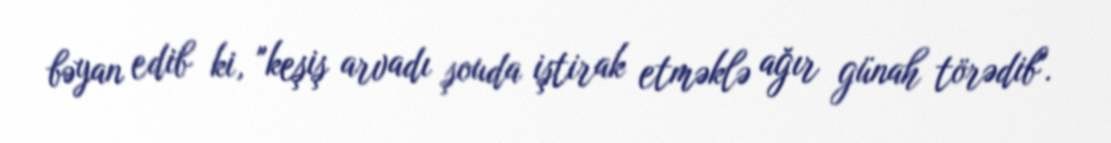
bəyan edib ki, "keşiş arvadı şouda iştirak etməklə ağır günah törədib".